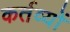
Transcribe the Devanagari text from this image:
कर्तव्‍यों